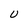
Character: U